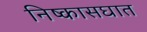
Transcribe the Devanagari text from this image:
निष्कासघात